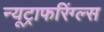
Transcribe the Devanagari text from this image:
न्यूट्राफरिंग्ल्स